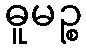
ဓူမဉ္စ